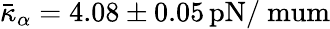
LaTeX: \bar{\kappa}_{\alpha}=4.08\pm 0.05\, \mathrm{{pN/\ mum}}